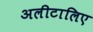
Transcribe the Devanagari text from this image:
अलीटालिए